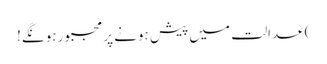
) عدالت میں پیش ہونے پر مجبور ہونگے!